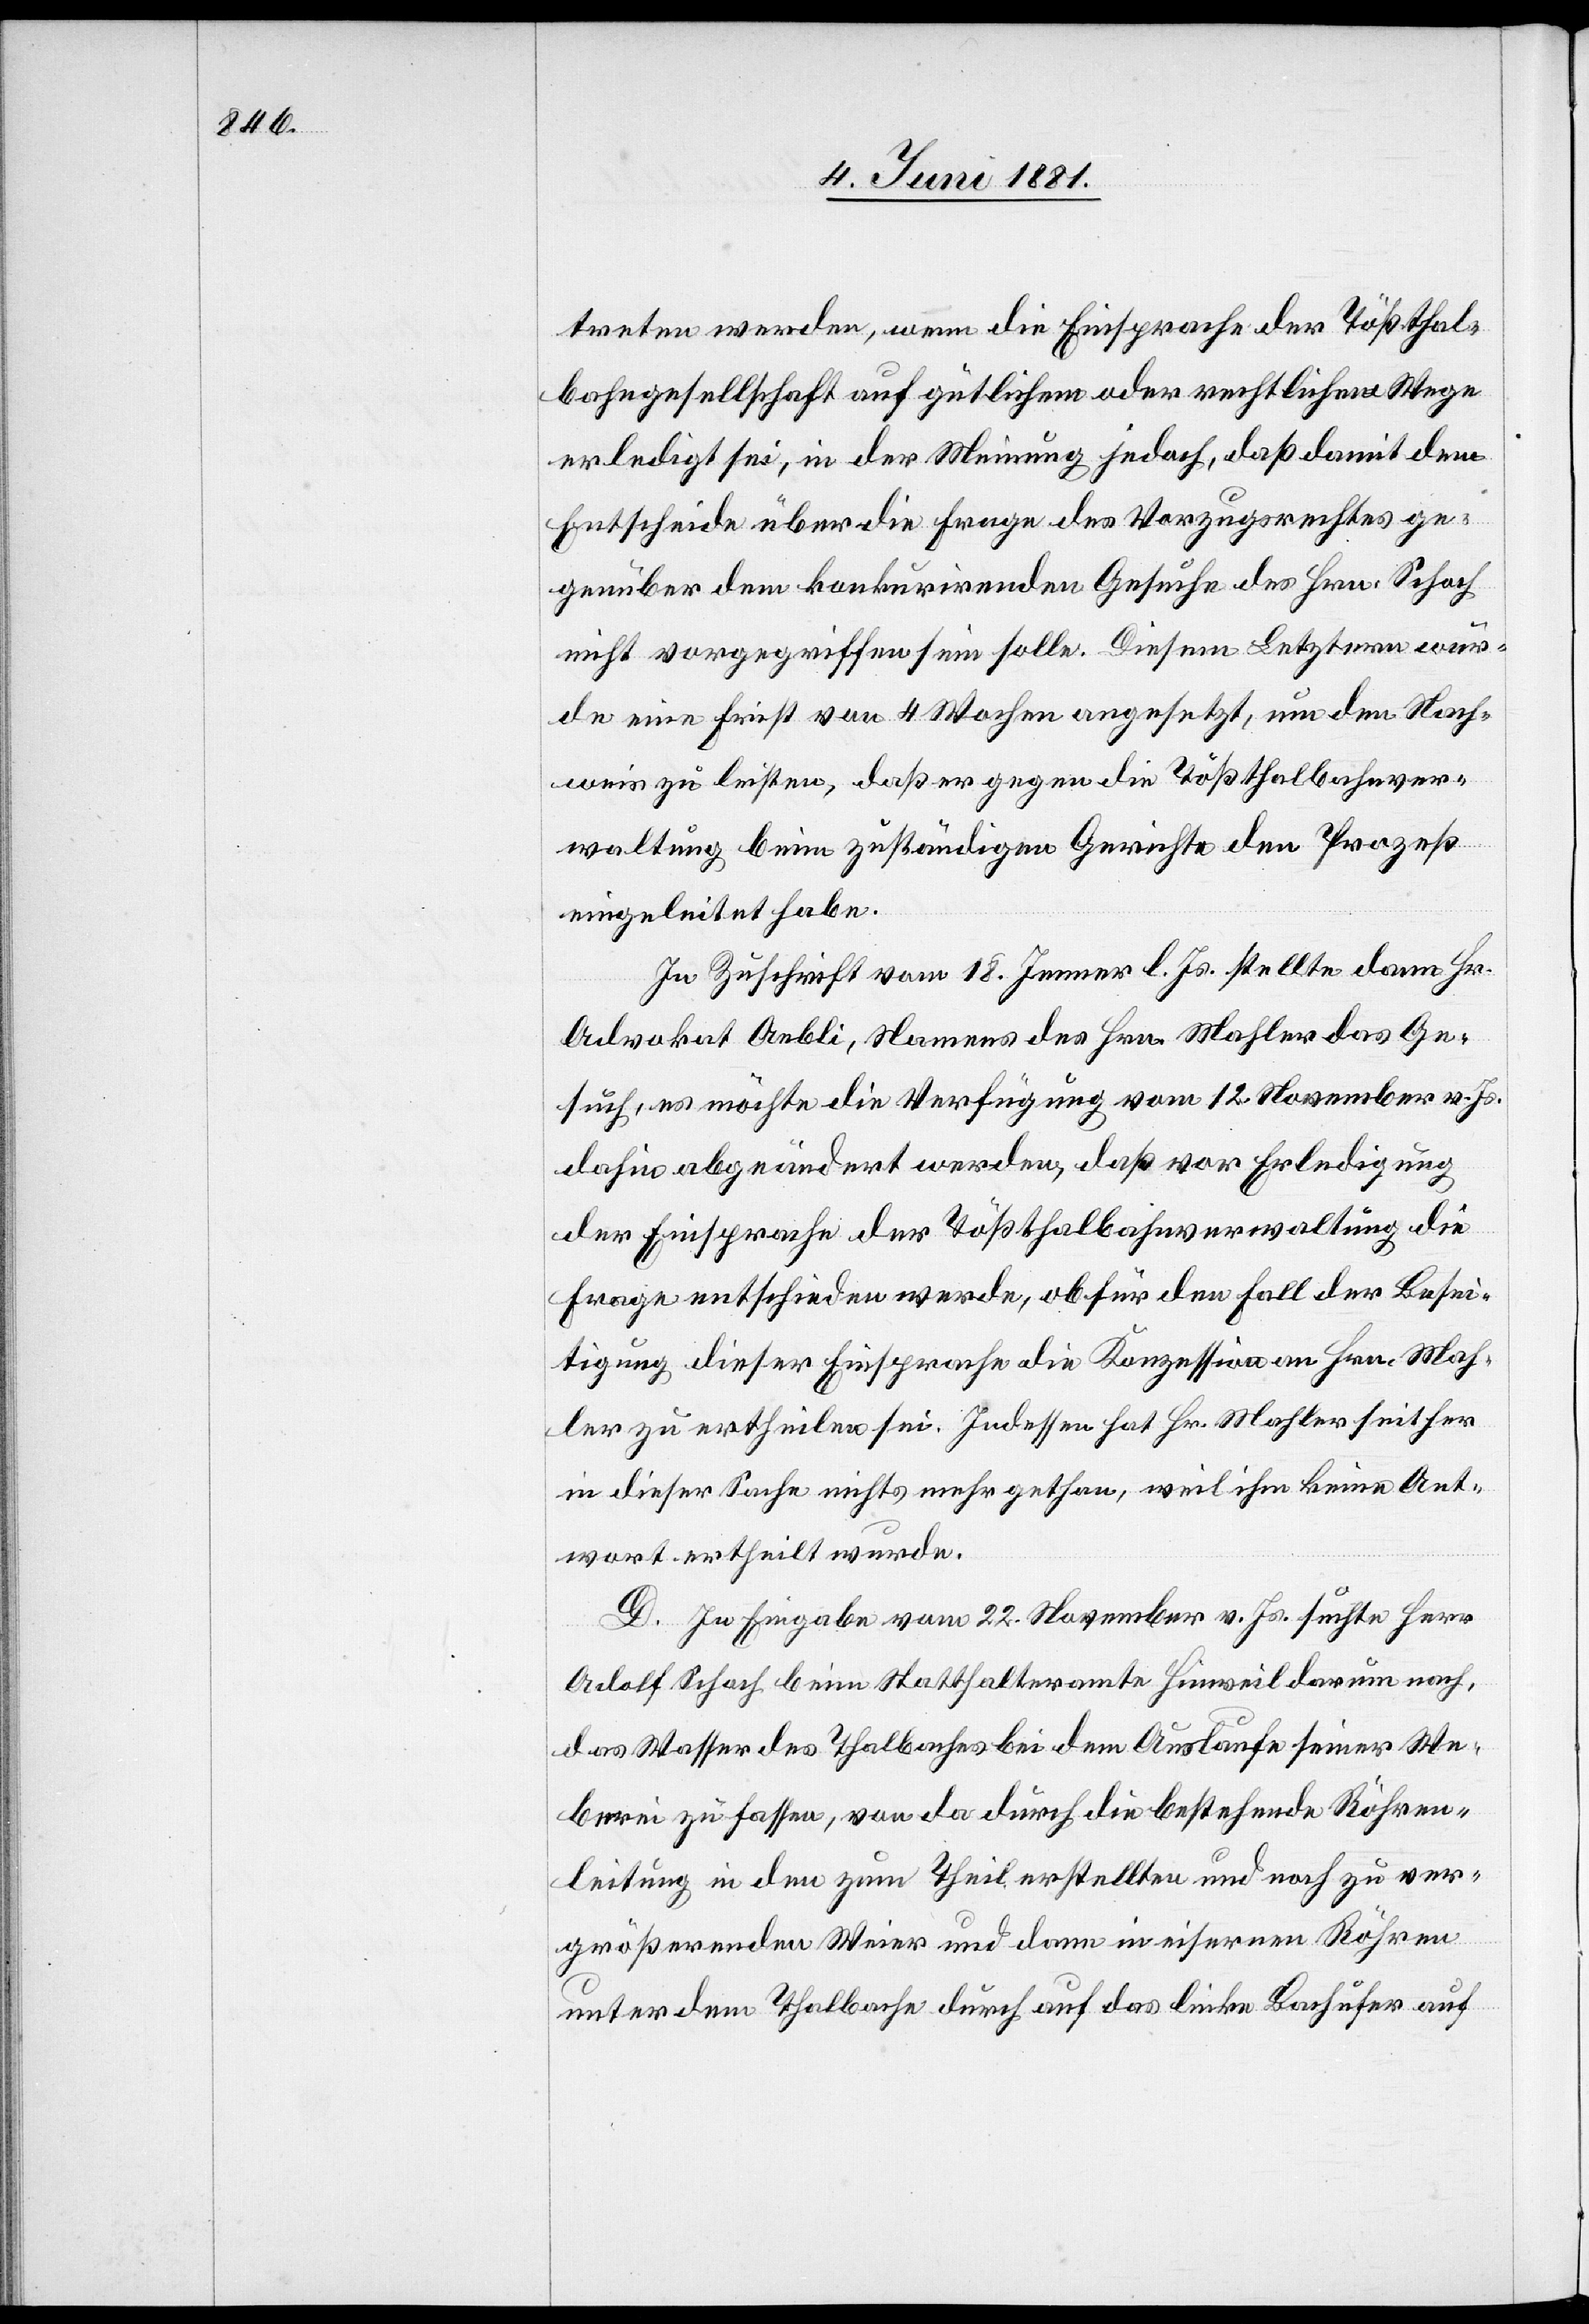
treten werden, wenn die Einsprache der Tößthal¬
bahngesellschaft auf gütlichem oder rechtlichem Wege
erledigt sei, in der Meinung jedoch, daß damit dem
Entscheide über die Frage des Vorzugsrechtes ge¬
genüber dem konkurrirenden Gesuche des Hrn. Schoch
nicht vorgegriffen sein solle. Diesem Letztern wur¬
de eine Frist von 4 Wochen angesetzt, um den Nach¬
weis zu leisten, daß er gegen die Tößthalbahnver¬
waltung beim zuständigen Gerichte den Prozeß
eingeleitet habe.
In Zuschrift vom 18. Jenner l. Js. stelle dann Hr.
Advokat Aebli, Namens des Hrn. Mahler das Ge¬
such, es möchte die Verfügung vom 12. November v. Js.
dahin abgeändert werden, daß vor Erledigung
der Einsprache der Tößthalbahnverwaltung die
Frage entschieden werde, ob für den Fall der Besei¬
tigung dieser Einsprache die Konzession an Hrn. Mah¬
ler zu ertheilen sei. Indessen hat Hr. Mahler seither
in dieser Sache nichts mehr gethan, weil ihm keine Ant¬
wort ertheilt wurde.
D. In Eingabe vom 22. November v. Js. suchte Herr
Adolf Schoch beim Statthalteramte Hinweil darum nach,
das Wasser des Thalbaches bei dem Auslaufe seiner We¬
berei zu fassen, von da durch die bestehende Röhren¬
leitung in den zum Theil erstellten und noch zu ver¬
größernden Weier und dann in eisernen Röhren
unter dem Thalbache durch auf das linke Bachufer auf